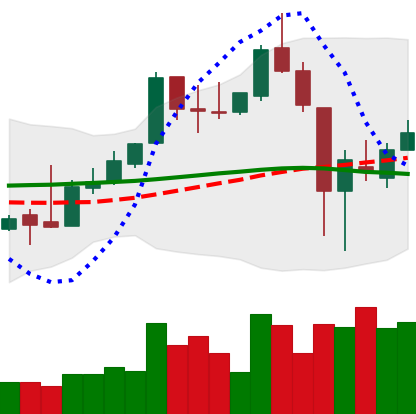
Ticker: XLM-USD
Chart end date: 2018-11-18
Forward return: -27.445%
Label: down_7plus